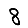
Digit: 8